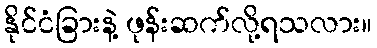
နိုင်ငံခြားနဲ့ ဖုန်းဆက်လို့ရသလား။